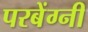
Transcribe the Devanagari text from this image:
परबेंग्नी